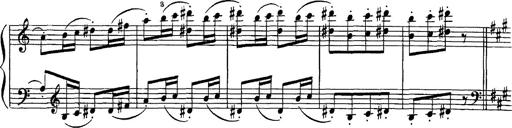
Title: Hungarian Rhapsody No.16
Composer: Franz Liszt
Key: A minor